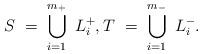
LaTeX: \begin{align*}S \ = \ \bigcup\limits_{i=1}^{m_+} \ L_i^+, T \ = \ \bigcup\limits_{i=1}^{m_-} \ L_i^-.\end{align*}